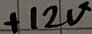
Text: +12V